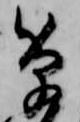
筆